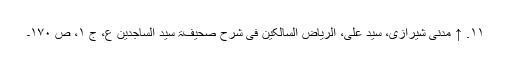
۱۱. ↑ مدنی شیرازی، سید علی، الریاض السالکین فی شرح صحیفۃ سید الساجدین ع، ج ۱، ص ۱۷۰۔